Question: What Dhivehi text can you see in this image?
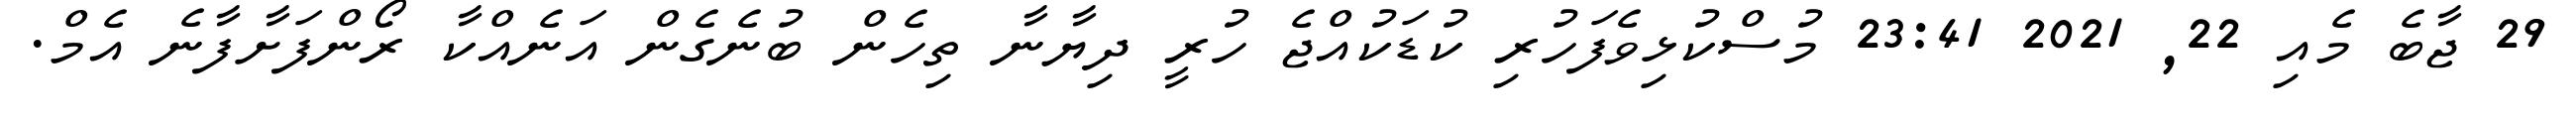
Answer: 29 ޖާބެ މެއި 22, 2021 23:41 މުސްކުޅިވެފަހުރި ކުޑަކުއްޖެ ހުރީ ދިޔާނާ ތިހެން ބުނެގެން އަނެއްކާ ރޯންފަށާފާނެ އެމް.